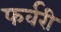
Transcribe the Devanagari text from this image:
फर्वरी